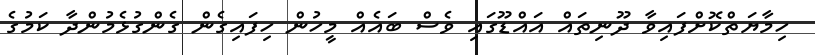
ހިމާޔަތްކޮށްފައިވާ ދޫނިތައް އައްޑޫގައި ވެސް ބައެއް މީހުން ހިފައިގެން ގެންގުޅެމުންދާ ކަމުގެ